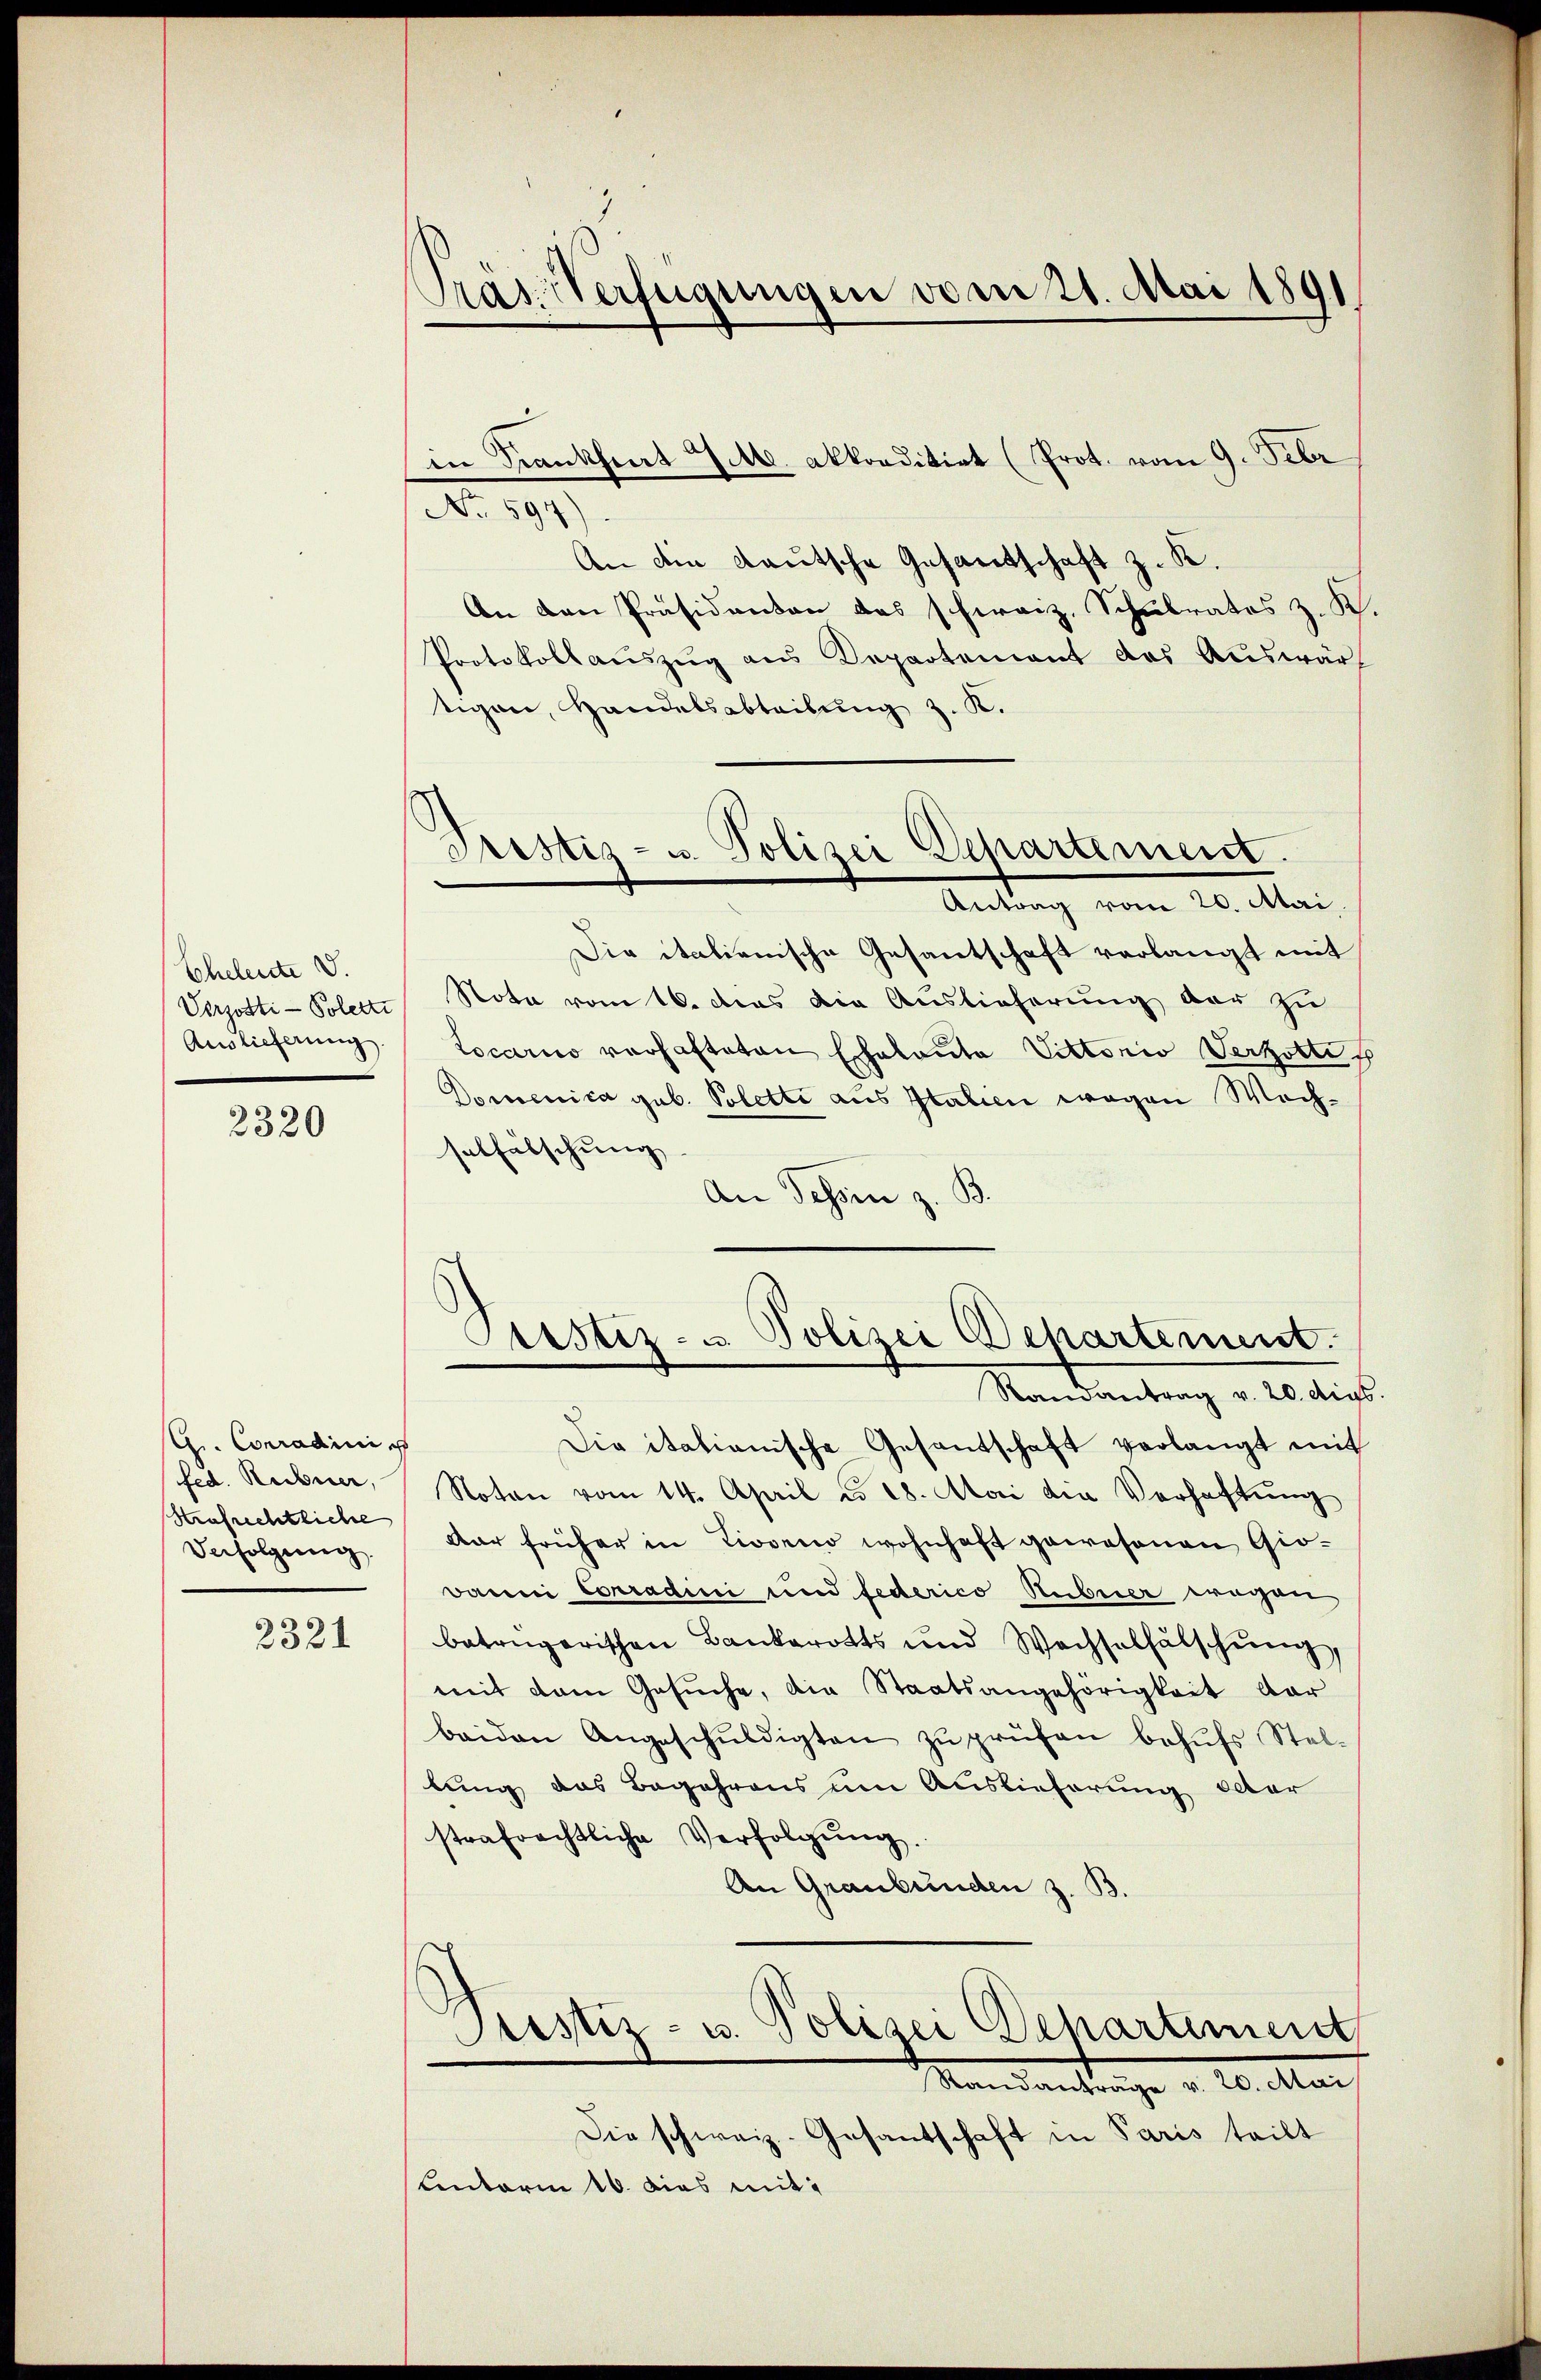
Eheleute V.
Verzösti - Polette
Auslieferung.

2320

A. Conradinie
fed. Rechner,
Strafrechtliche
Verfolgung.

2321

Pras Verfügungen vom 21. Mai 1891.

in Frankheit 4 M. akkorditirt (Prot. vom 9. Febr
No 597)
An die Kautsche Gesandschaft z. K.
An den Präsidenten das schweiz. Schulrates z. K
Protokoll aŭszŭg ans Departement des Auswärt
tigen, Handelsabteilŭng z. K.
Die italienische Gesandtschaft verlangt mit
Nota vom 16. das die Auslieferung der zu
tocario verhafteten Eheleuta Vittorio Verzitte s
Domenica geb. Polette aus Italien wegen Wochsalfälschung
An Tessin z. B.
Justiz- u. Polizei Departement.
Randantrag v. 20. digs
Die italianische Gesantschaft verlangt mit
Noten vom 14. April d. 28. Mai die Verhaftung
dar früher in Livorno wohnhaft gewesenen Gio¬
Banni Conradini und federico Huberer wegen
betrügerischen Bankerotts und Wechselfälschŭng,
mit dem Gesŭche, die Staatsangehörigkeit dar
beiden Angeschŭldigten zŭ prüfen behŭfs Stel-
lung das Begehrens um Auslieferung octor
strafrechtliche Verfolgŭng.
An Graubünden z. B
Justiz- u. Polizei Departement
endantenige v. 20. Mar
Die schweiz. Gesandtschaft in Paris teilt
unterm 16. dies mit

Pristiz- u. Polizei Departement.
Antrag vom 20. Mai